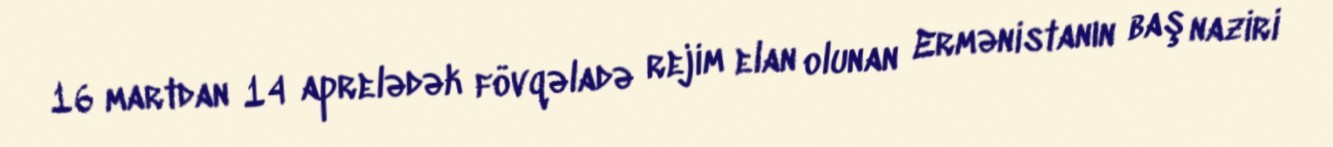
16 martdan 14 aprelədək fövqəladə rejim elan olunan Ermənistanın baş naziri